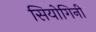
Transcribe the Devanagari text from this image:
सियोगिनी